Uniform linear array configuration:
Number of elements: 8
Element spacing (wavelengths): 0.75
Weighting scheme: blackman
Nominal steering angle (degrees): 15
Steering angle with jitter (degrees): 15.588
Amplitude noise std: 0.05
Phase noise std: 0.05

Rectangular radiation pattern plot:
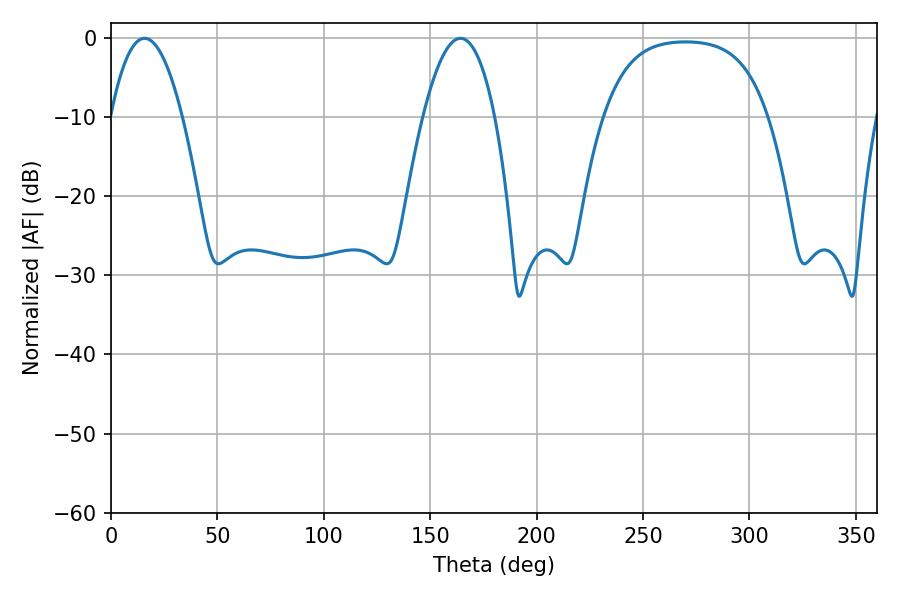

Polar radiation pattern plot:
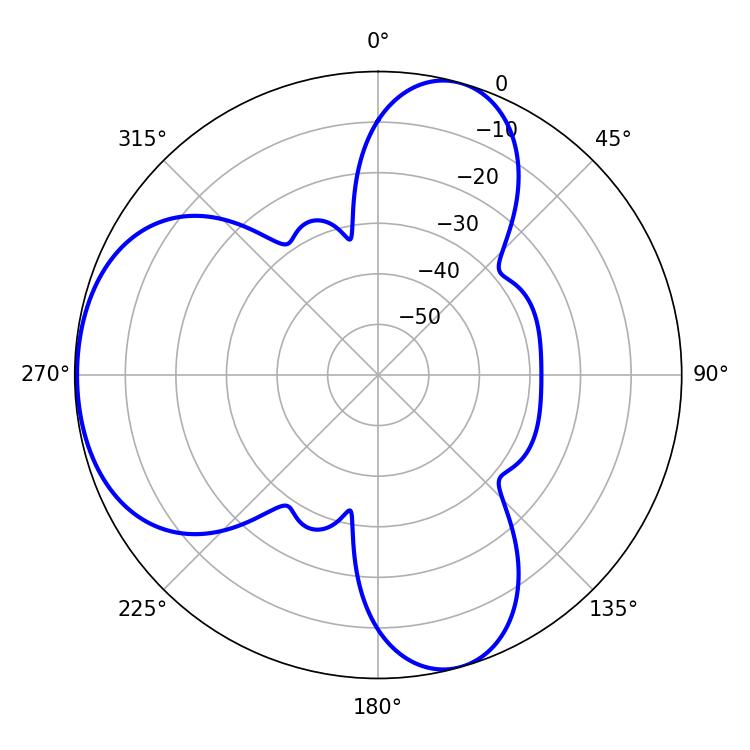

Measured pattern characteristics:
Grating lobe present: TRUE
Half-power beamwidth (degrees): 18.72
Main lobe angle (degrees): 15.84